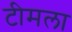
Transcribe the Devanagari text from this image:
टीमला